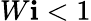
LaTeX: W\mathbf{i}<1